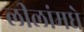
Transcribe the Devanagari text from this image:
लीलांमधे